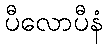
ပီလောပီနံ